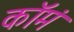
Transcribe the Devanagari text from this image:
कॉमं